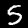
Digit: 5